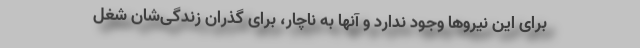
برای این نیروها وجود ندارد و آنها به ناچار، برای گذران زندگی‌شان شغل